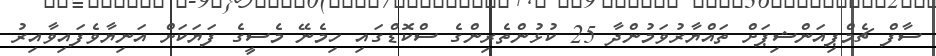
ސާފް ޗެމްޕިއަންޝިޕަށް ތައްޔާރުވަމުންދާ 25 ކުޅުންތެރިންގެ ސްކޮޑްގައި ހިމެނޭ މެސީގެ ފަޔަކަށް އަނިޔާވެފައިވާއިރު